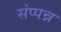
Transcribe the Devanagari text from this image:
संप्पन्न